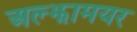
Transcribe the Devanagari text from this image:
अल्झामयर